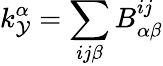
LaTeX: k_{\mathcal{Y}}^{\alpha}=\sum_{ij\beta}B_{\alpha\beta}^{ij}